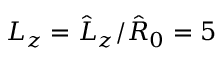
L _ { z } = \hat { L } _ { z } / \hat { R } _ { 0 } = 5